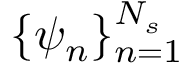
\{ \psi _ { n } \} _ { n = 1 } ^ { N _ { s } }